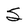
Character: S